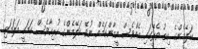
ކަލޭމެންގެ ހިތު ތެރޭގައި އެއްވެސް އީމާންކަމެއް ނުވޭ ކަލޭމެންގެ ހުރިހާވެސް ކަމަކީ މަލަމަތި